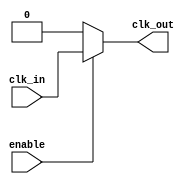
module ClockBuffer (
    input wire clk_in,      // Single-ended clock input
    input wire enable,      // Optional enable signal to gate the output
    output wire clk_out     // Buffered single-ended clock output
);

// Internal signals
wire clk_buf;

// Buffer implementation using simple CMOS inverter structure
// This is a simplified version; in practice, you would use specific drive strength configurations
// and possibly include more complex buffering techniques.

assign clk_buf = clk_in; // Direct assignment for simplicity, replace with buffer logic

// Enable functionality
assign clk_out = enable ? clk_buf : 1'b0; // Output is gated by 'enable'

endmodule